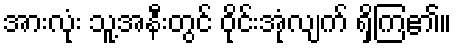
အားလုံး သူ့အနီးတွင် ဝိုင်းအုံလျက် ရှိကြ၏။